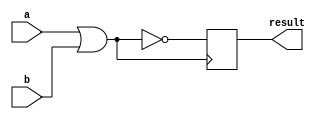
module nor_gate_delay (
    input wire a,
    input wire b,
    output reg result
);

reg nor_output;

assign nor_output = ~(a | b);
always @(posedge nor_output)
begin
    #10; // Delay of 10 time units
    result <= nor_output;
end

endmodule